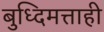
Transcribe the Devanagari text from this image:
बुध्दिमत्ताही